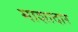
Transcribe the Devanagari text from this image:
माशादार